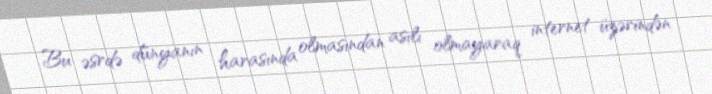
Bu əsrdə dünyanın harasında olmasından asılı olmayaraq internet üzərindən